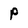
Character: P